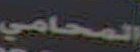
المحامي